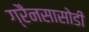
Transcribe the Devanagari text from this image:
ग्रैनसासोडी